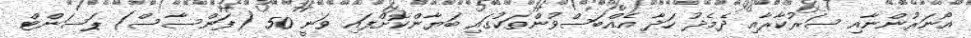
އޯނަރުންނާއި ސަރުކާރާއި ދެމެދު ހަދާ އެއްބަސްވުންތަކުގައި ބަޔާންކޮށްފައި ވަނީ 50 (ފަންސާސް) ޕަސަންޓް